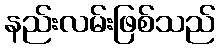
နည်းလမ်းဖြစ်သည်